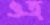
ওত্